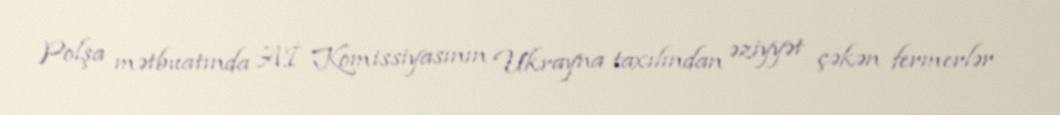
Polşa mətbuatında Aİ Komissiyasının Ukrayna taxılından əziyyət çəkən fermerlər